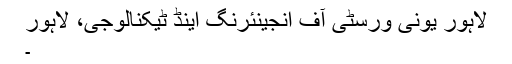
لاہور یونی ورسٹی آف انجینئرنگ اینڈ ٹیکنالوجی، لاہور
۔